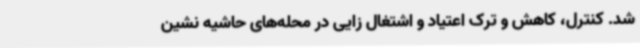
شد. کنترل، کاهش و ترک اعتیاد و اشتغال زایی در محله‌های حاشیه نشین